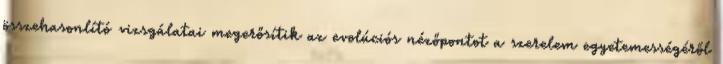
összehasonlító vizsgálatai megerősítik az evolúciós nézőpontot a szerelem egyetemességéről